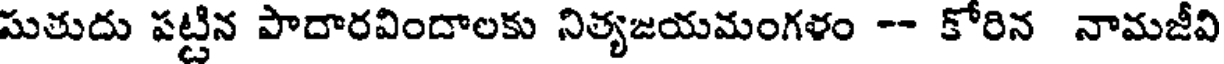
సుతుదు పట్టిన పాదారవిందాలకు నిత్యజయమంగళం -- కోరిన నామజీవి